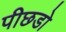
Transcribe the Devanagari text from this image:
पीछडो